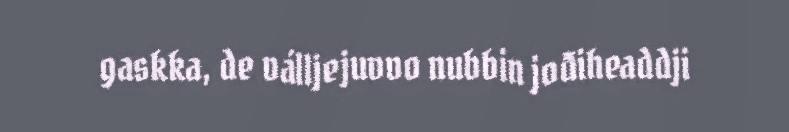
gaskka, de válljejuvvo nubbin jođiheaddji